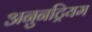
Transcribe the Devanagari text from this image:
अनुनट्रियम